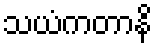
သယံကတာနိ